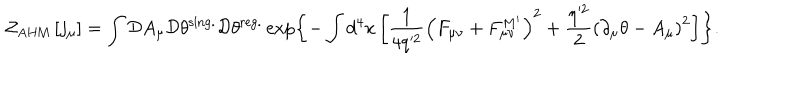
{ \cal Z } _ { \mathrm { A H M } } \left[ j _ { \mu } \right] = \int { \cal D } A _ { \mu } { \cal D } \theta ^ { \mathrm { s i n g . } } { \cal D } \theta ^ { \mathrm { r e g . } } \exp \left\{ - \int d ^ { 4 } x \left[ \frac { 1 } { 4 q ^ { 2 } } \left( F _ { \mu \nu } + F _ { \mu \nu } ^ { M ^ { \prime } } \right) ^ { 2 } + \frac { \eta ^ { 2 } } { 2 } \left( \partial _ { \mu } \theta - A _ { \mu } \right) ^ { 2 } \right] \right\} .